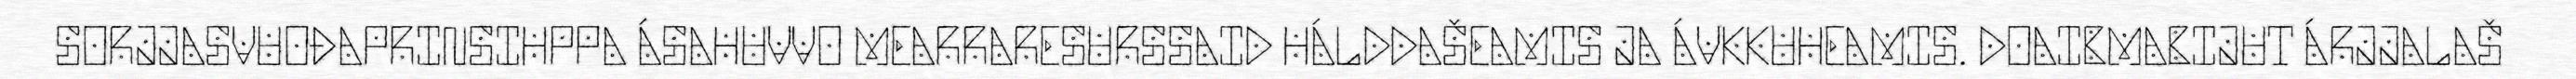
SORJJASVUOĐAPRINSIHPPA ÁSAHUVVO MEARRARESURSSAID HÁLDDAŠEAMIS JA ÁVKKUHEAMIS. DOAIBMABIJUT ÁRJJALAŠ